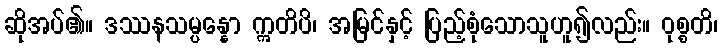
ဆိုအပ်၏။ ဒဿနသမ္ပန္နော ဣတိပိ၊ အမြင်နှင့် ပြည့်စုံသောသူဟူ၍လည်း။ ဝုစ္စတိ၊